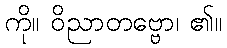
ကို။ ဝိညာတဗ္ဗော၊ ၏။